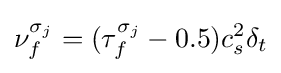
\nu _{f}^{\sigma _{j}}=(\tau _{f}^{\sigma _{j}}-0.5)c_{s}^{2}\delta _{t}